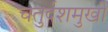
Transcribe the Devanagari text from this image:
चतुर्दशमुखी